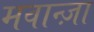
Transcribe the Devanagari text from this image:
मवान्ज़ा